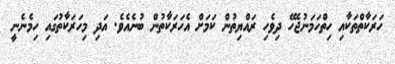
ހަރަކާތްތަކާއި ހިތްހަމަނުޖެހޭ ދިވެހި ރައްޔިތުން ކަމަށް އެހަރަކާތުން ބުނެއެވެ. އަދި މިހަރަކާތުގައި ހިމެނެނީ